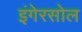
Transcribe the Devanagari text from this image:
इंगेरसोल